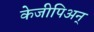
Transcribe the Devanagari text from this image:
केजीपिअन्